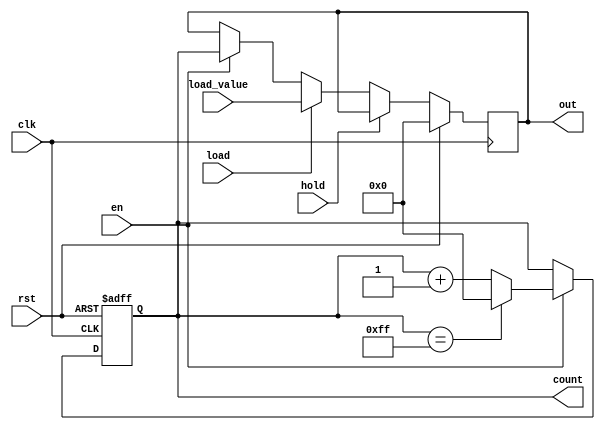
module synchronous_counter #(
    parameter N = 8  // Number of bits for the counter
)(
    input wire clk,          // Clock signal
    input wire rst,          // Asynchronous reset
    input wire en,           // Enable signal
    input wire hold,         // Hold signal
    input wire load,         // Load signal
    input wire [N-1:0] load_value, // Value to load into counter
    output reg [N-1:0] count, // Current counter value
    output reg [N-1:0] out    // Final output based on control logic
);

    // Synchronous process
    always @(posedge clk or posedge rst) begin
        if (rst) begin
            count <= 0; // Reset counter to zero
        end else if (en) begin
            if (count == (1 << N) - 1) begin
                count <= 0; // Wrap around on overflow
            end else begin
                count <= count + 1; // Increment counter
            end
        end
    end

    // Output control logic
    always @(posedge clk) begin
        if (rst) begin
            out <= 0; // Reset output
        end else if (hold) begin
            // Maintain the last output value
            out <= out; // Do not change output
        end else if (load) begin
            out <= load_value; // Load a specific value
        end else if (en) begin
            out <= count; // Update output with the current count
        end
    end

endmodule